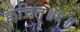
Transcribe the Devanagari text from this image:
क्वचित्॥६॥